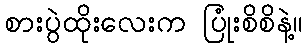
စားပွဲထိုးလေးက ပြုံးစိစိနဲ့။